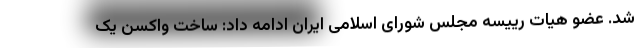
شد. عضو هیات رییسه مجلس شورای اسلامی ایران ادامه داد: ساخت واکسن یک